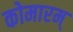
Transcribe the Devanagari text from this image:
कोमारम्